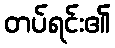
တပ်ရင်း၏